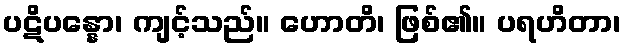
ပဋိပန္နော၊ ကျင့်သည်။ ဟောတိ၊ ဖြစ်၏။ ပရဟိတာ၊